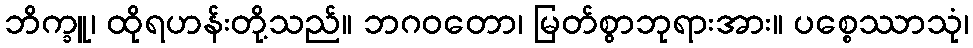
ဘိက္ခူ၊ ထိုရဟန်းတို့သည်။ ဘဂဝတော၊ မြတ်စွာဘုရားအား။ ပစ္စေဿာသုံ၊